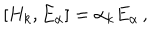
\left[ H _ { k } , E _ { \alpha } \right] = \alpha _ { k } E _ { \alpha } \, ,